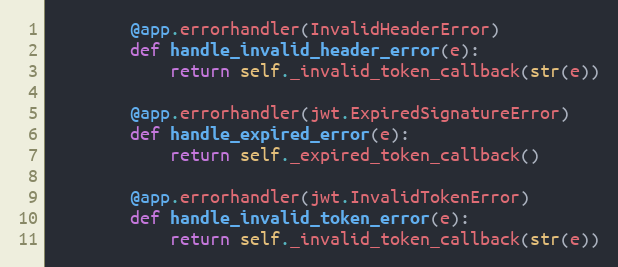
Language: Python
        @app.errorhandler(InvalidHeaderError)
        def handle_invalid_header_error(e):
            return self._invalid_token_callback(str(e))

        @app.errorhandler(jwt.ExpiredSignatureError)
        def handle_expired_error(e):
            return self._expired_token_callback()

        @app.errorhandler(jwt.InvalidTokenError)
        def handle_invalid_token_error(e):
            return self._invalid_token_callback(str(e))